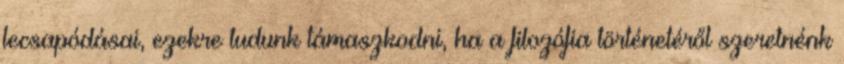
lecsapódásai, ezekre tudunk támaszkodni, ha a filozófia történetéről szeretnénk